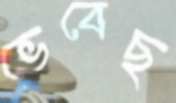
ভেবেছ